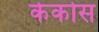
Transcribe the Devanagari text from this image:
केकोस